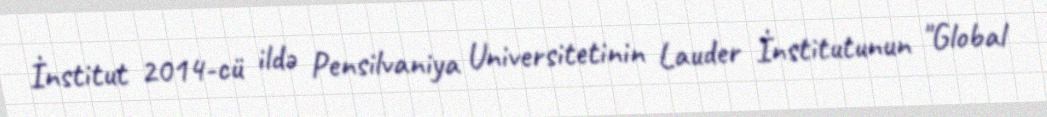
İnstitut 2014-cü ildə Pensilvaniya Universitetinin Lauder İnstitutunun "Global